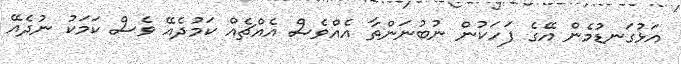
އަޅުގަނޑުމެން އޭގެ ފަހަކުން ނުބުނަންތާ އެއްވެސް އެއްޗެއް ކަމުދެއޭ ވެސް ކަމަކު ނުދެއޭ